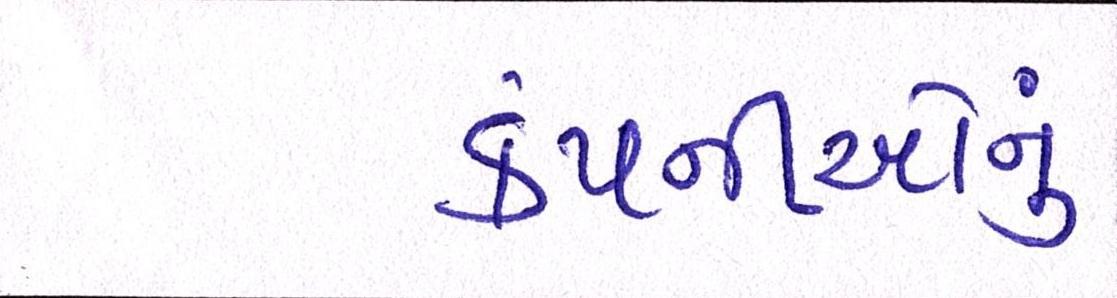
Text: કંપનીઓનું